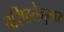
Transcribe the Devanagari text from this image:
वरिष्ठतेनुसार